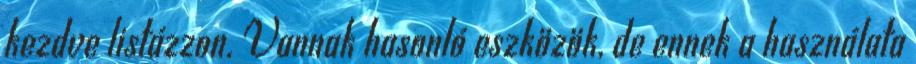
kezdve listázzon. Vannak hasonló eszközök, de ennek a használata